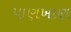
પાણખાણ